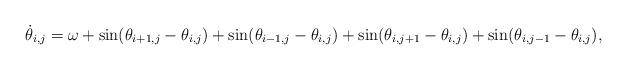
LaTeX: \begin{align*}\dot{\theta}_{i,j} = \omega + \sin(\theta_{i+1,j} - \theta_{i,j}) + \sin(\theta_{i-1,j} - \theta_{i,j}) + \sin(\theta_{i,j+1} - \theta_{i,j}) + \sin(\theta_{i,j-1} - \theta_{i,j}),\end{align*}